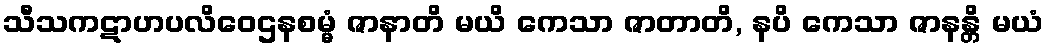
သီသကဋာဟပလိဝေဌနစမ္မံ ဇာနာတိ မယိ ကေသာ ဇာတာတိ, နပိ ကေသာ ဇာနန္တိ မယံ